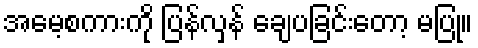
အမေ့စကားကို ပြန်လှန် ချေပခြင်းတော့ မပြု။